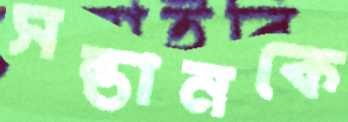
সন্তানকে